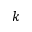
k